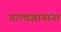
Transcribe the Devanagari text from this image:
तत्त्वज्ञानांना